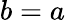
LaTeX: b=a